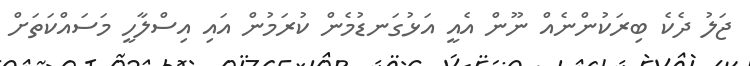
ޖަލު ދެކެ ބިރަކުންނެއް ނޫން އެއީ އަޅުގަނޑުމެން ކުރަމުން އައި އިސްލާހީ މަސައްކަތަށް